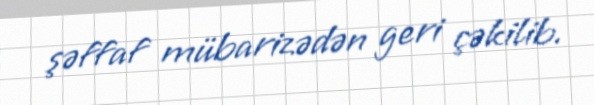
şəffaf mübarizədən geri çəkilib.